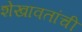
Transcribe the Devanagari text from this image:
शेखावतांची